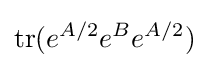
\operatorname {tr} (e^{A/2}e^{B}e^{A/2})